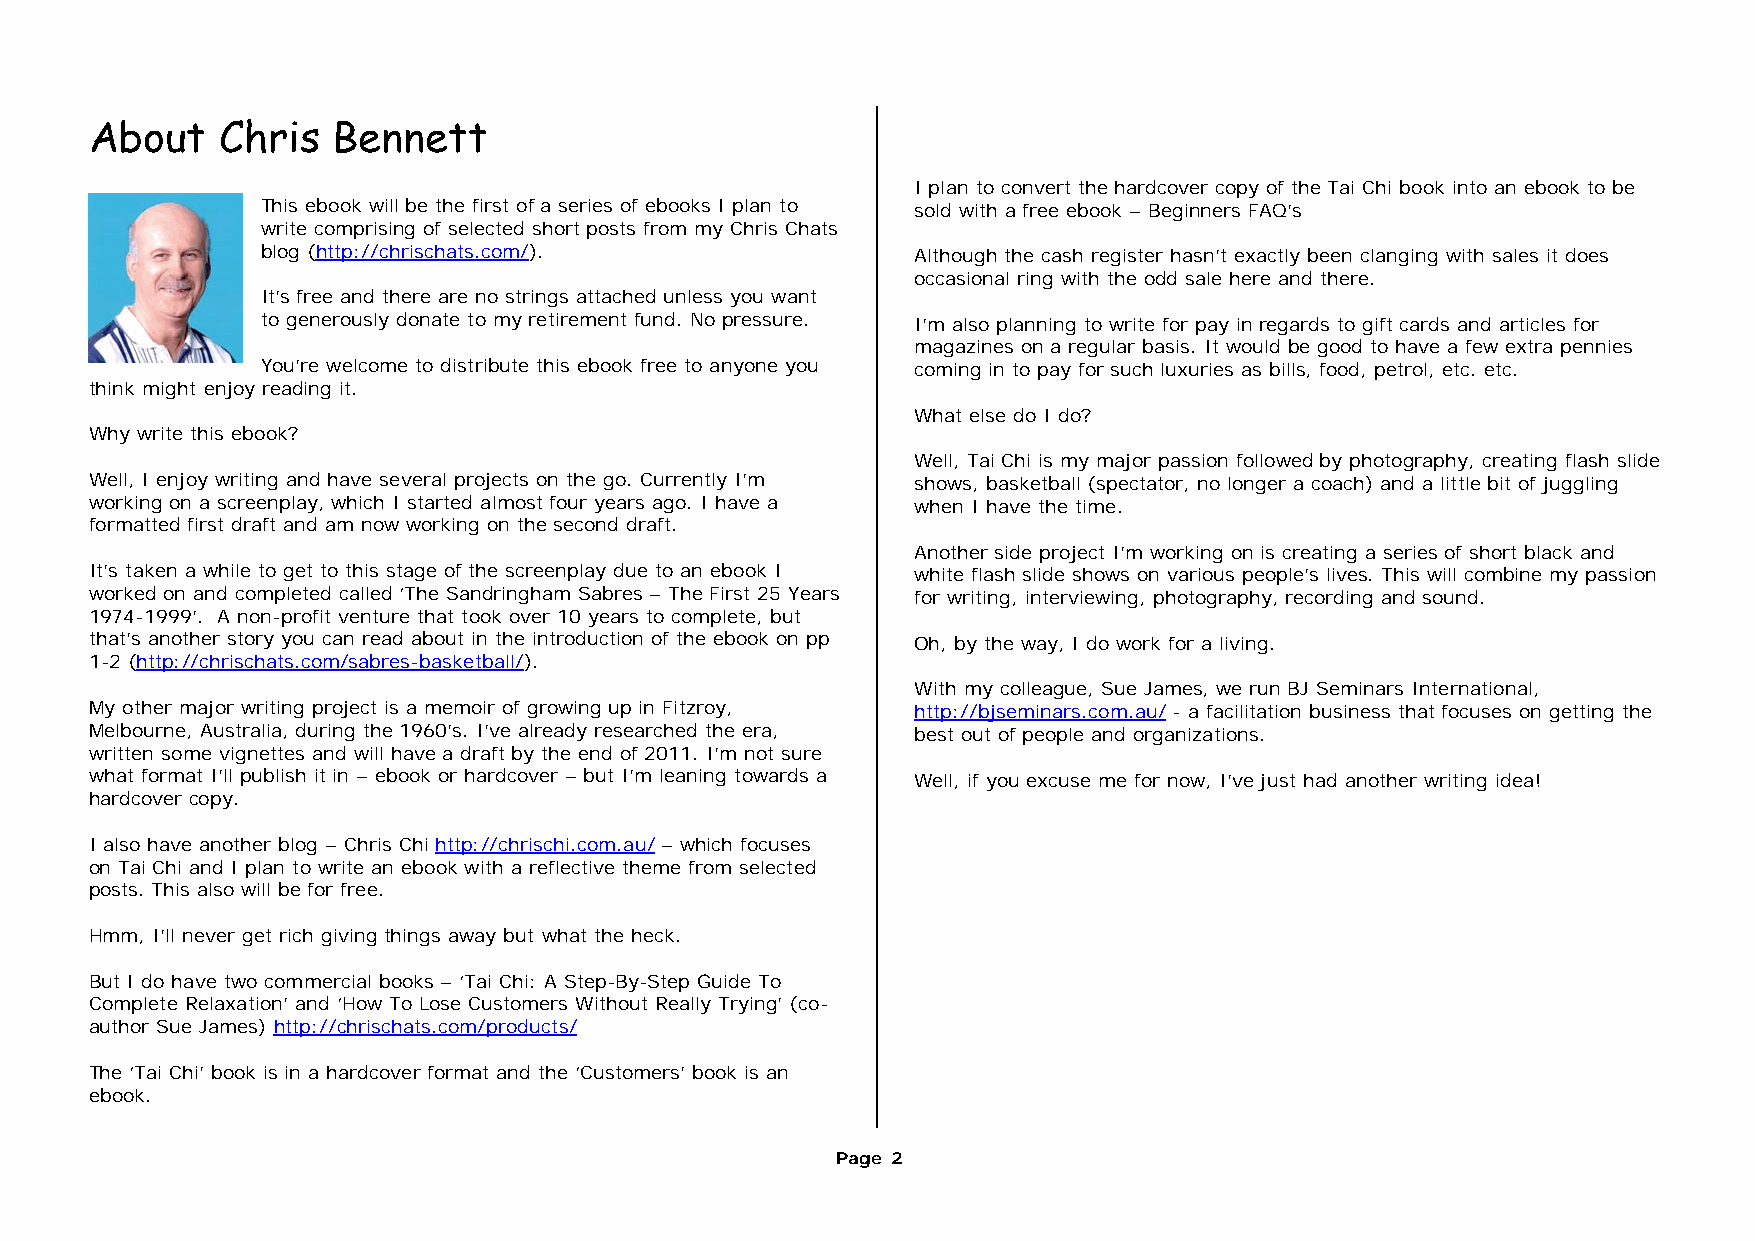
About    Chris  Bennett
 I plan to convert the hardcover copy of the Tai Chi book into an ebook to be
 This ebook will be the first of a series of ebooks I plan to sold with a free ebook – Beginners FAQ’s
 write comprising of selected short posts from my Chris Chats
 blog (http://chrischats.com/).              Although the cash register hasn’t exactly been clanging with sales it does
 occasional ring with the odd sale here and there.
 It’s free and there are no strings attached unless you want
 to generously donate to my retirement fund. No pressure. I’m also planning to write for pay in regards to gift cards and articles for
 magazines on a regular basis. It would be good to have a few extra pennies
 You’re welcome to distribute this ebook free to anyone you coming in to pay for such luxuries as bills, food, petrol, etc. etc.
 think might enjoy reading it.
 What else do I do?
 Why write this ebook?
 Well, Tai Chi is my major passion followed by photography, creating flash slide
 Well, I enjoy writing and have several projects on the go. Currently I’m shows, basketball (spectator, no longer a coach) and a little bit of juggling
 working on a screenplay, which I started almost four years ago. I have a when I have the time.
 formatted first draft and am now working on the second draft.
 Another side project I’m working on is creating a series of short black and
 It’s taken a while to get to this stage of the screenplay due to an ebook I white flash slide shows on various people’s lives. This will combine my passion
 worked on and completed called ‘The Sandringham Sabres – The First 25 Years for writing, interviewing, photography, recording and sound.
 1974-1999’. A non-profit venture that took over 10 years to complete, but
 that’s another story you can read about in the introduction of the ebook on pp Oh, by the way, I do work for a living.
 1-2 (http://chrischats.com/sabres-basketball/).
 With my colleague, Sue James, we run BJ Seminars International,
 My other major writing project is a memoir of growing up in Fitzroy, http://bjseminars.com.au/ - a facilitation business that focuses on getting the
 Melbourne, Australia, during the 1960’s. I’ve already researched the era, best out of people and organizations.
 written some vignettes and will have a draft by the end of 2011. I’m not sure
 what format I’ll publish it in – ebook or hardcover – but I’m leaning towards a Well, if you excuse me for now, I’ve just had another writing idea!
 hardcover copy.
 I also have another blog – Chris Chi http://chrischi.com.au/ – which focuses
 on Tai Chi and I plan to write an ebook with a reflective theme from selected
 posts. This also will be for free.
 Hmm, I’ll never get rich giving things away but what the heck.
 But I do have two commercial books – ‘Tai Chi: A Step-By-Step Guide To
 Complete Relaxation’ and ‘How To Lose Customers Without Really Trying’ (co-
 author Sue James) http://chrischats.com/products/
 The ‘Tai Chi’ book is in a hardcover format and the ‘Customers’ book is an
 ebook.
 Page 2